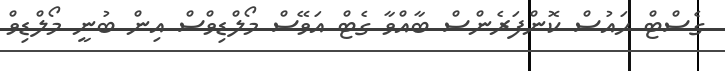
ގެސްޓް ހައުސް ކޮންފަރެންސް ބާއްވާ ގެޓް އަވޭސް މޯލްޑިވްސް އިން ބުނީ މޯލްޑިވް